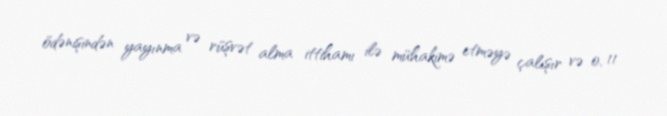
ödənişindən yayınma və rüşvət alma ittihamı ilə mühakimə etməyə çalışır və o, 11